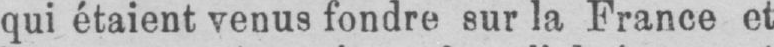
qui étaient venus fondre sur la France et